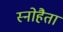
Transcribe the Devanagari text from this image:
स्नोहैता